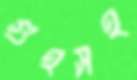
গুহসহ